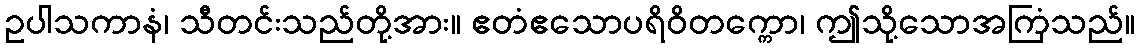
ဥပါသကာနံ၊ သီတင်းသည်တို့အား။ ဧတံဧသောပရိဝိတက္ကော၊ ဤသို့သောအကြံသည်။